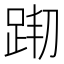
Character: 𨀦